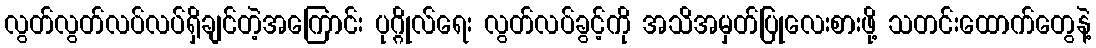
လွတ်လွတ်လပ်လပ်ရှိချင်တဲ့အကြောင်း ပုဂ္ဂိုလ်ရေး လွတ်လပ်ခွင့်ကို အသိအမှတ်ပြုလေးစားဖို့ သတင်းထောက်တွေနဲ့